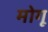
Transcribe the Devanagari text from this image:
मोगू